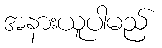
အနားယူပါမည်